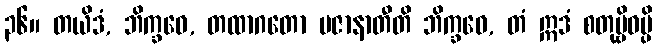
၃၆။ တယိဒံ, ဘိက္ခဝေ, တထာဂတော ပဇာနာတီတိ ဘိက္ခဝေ, တံ ဣဒံ စတုဗ္ဗိဓမ္ပိ